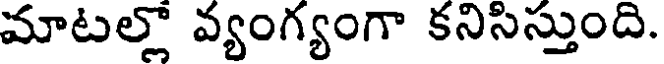
మాటల్లో వ్యంగ్యంగా కనిసిస్తుంది.